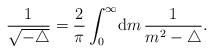
LaTeX: \begin{align*}\frac{1}{\sqrt{-\triangle}}=\frac{2}{\pi}\int_{0}^{\infty}\! {{\mathrm d} }m \, \frac{1}{m^2-\triangle}. \end{align*}